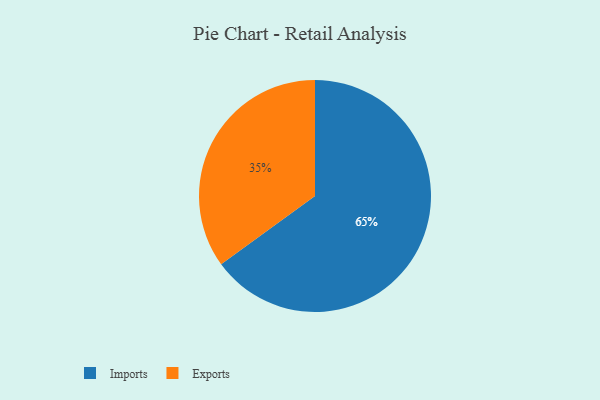
{"axis": {"x": "Category", "y": "Percentage"}, "legend": ["Exports", "Imports"], "data": [{"x": "Imports", "y": 65, "type": "Imports"}, {"x": "Exports", "y": 35, "type": "Exports"}]}